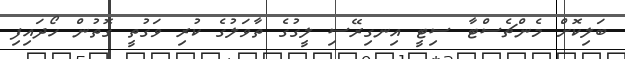
ބަލިކޮށް މެންޗެސްޓާ ސިޓީ އިނގިރޭސި ލީގުގެ ތާވަލުގެ ކުރި ވަގުތީ ގޮތުން ހޯދައިފި